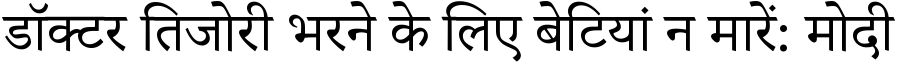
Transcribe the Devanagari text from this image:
डॉक्टर तिजोरी भरने के लिए बेटियां न मारें: मोदी